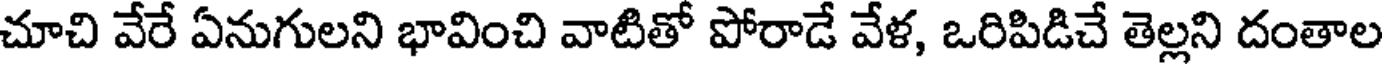
చూచి వేరే ఏనుగులని భావించి వాటితో పోరాడే వేళ, ఒరిపిడిచే తెల్లని దంతాల